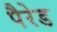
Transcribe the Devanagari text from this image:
पैरेड